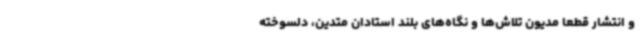
و انتشار قطعاً مدیون تلاش‌ها و نگاه‌های بلند استادان متدین، دلسوخته